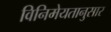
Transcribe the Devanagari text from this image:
विनिमेयतानुसार